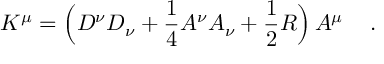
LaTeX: { \cal K } ^ { \mu } = \Big ( D ^ { \nu } D _ { \nu } + \frac { 1 } { 4 } A ^ { \nu } A _ { \nu } + \frac { 1 } { 2 } R \Big ) \, A ^ { \mu } \quad \, .